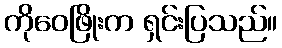
ကိုဝေဖြိုးက ရှင်းပြသည်။